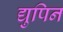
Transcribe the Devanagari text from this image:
द्युपिन